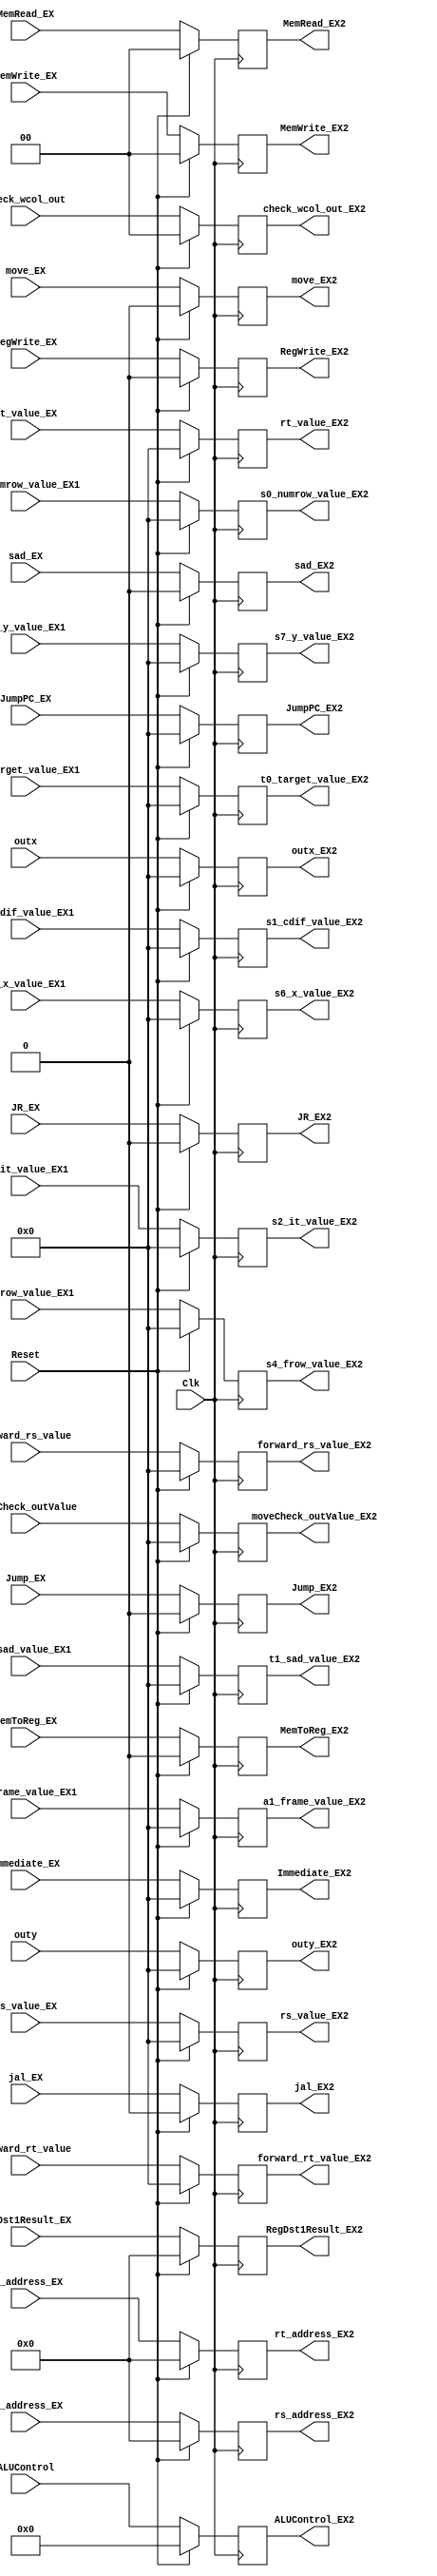
`timescale 1ns / 1ps

module EX1_EX2_Reg(/*PCPlusOffset_EX,*/ /* rt_Register_Value_EX,*/
    RegDst1Result_EX, /*Zero_EX,*/ MemWrite_EX, MemToReg_EX, MemRead_EX, /*Branch_EX,*/ RegWrite_EX, 
    jal_EX, Jump_EX, JR_EX, JumpPC_EX, rs_value_EX, rt_value_EX,/*PCPlusOffset_MEM,*/ /* rt_Register_Value_EX2,*/
    RegDst1Result_EX2, /*Zero_MEM,*/ MemWrite_EX2, MemToReg_EX2, MemRead_EX2, /*Branch_MEM,*/ RegWrite_EX2, 
    jal_EX2, Jump_EX2, JR_EX2, JumpPC_EX2, rs_value_EX2, rt_value_EX2, Clk, Reset,    
    //registers for custom instruction EX1
    s0_numrow_value_EX1,s1_cdif_value_EX1,s2_it_value_EX1, t1_sad_value_EX1, s4_frow_value_EX1, sad_EX,moveCheck_outValue,
	s6_x_value_EX1, s7_y_value_EX1,t0_target_value_EX1, outx, outy, check_wcol_out,a1_frame_value_EX1,move_EX,
    //registers for custom instruction EX2
    s0_numrow_value_EX2,s1_cdif_value_EX2,s2_it_value_EX2, t1_sad_value_EX2, s4_frow_value_EX2, sad_EX2,move_EX2,moveCheck_outValue_EX2,
	s6_x_value_EX2, s7_y_value_EX2,t0_target_value_EX2, outx_EX2, outy_EX2, check_wcol_out_EX2, a1_frame_value_EX2,
    //Registers for moving ALU
    ALUControl, Immediate_EX,forward_rs_value, forward_rt_value,rs_address_EX, rt_address_EX,
    ALUControl_EX2, Immediate_EX2,forward_rs_value_EX2, forward_rt_value_EX2,rs_address_EX2, rt_address_EX2
    ); 

input [31:0] /* rt_Register_Value_EX,*/ rs_value_EX, rt_value_EX, JumpPC_EX,Immediate_EX,forward_rs_value, forward_rt_value;
input [4:0] RegDst1Result_EX,rs_address_EX, rt_address_EX;
input [5:0] ALUControl;
input [1:0] MemWrite_EX, MemRead_EX;
input MemToReg_EX,  RegWrite_EX, jal_EX, Jump_EX, JR_EX,sad_EX,move_EX;
input Clk, Reset;

output reg [31:0] /* rt_Register_Value_EX2,*/ rs_value_EX2, rt_value_EX2, JumpPC_EX2,Immediate_EX2,forward_rs_value_EX2, forward_rt_value_EX2;
output reg [4:0] RegDst1Result_EX2,rs_address_EX2, rt_address_EX2;
output reg [1:0] MemWrite_EX2, MemRead_EX2;
output reg MemToReg_EX2, RegWrite_EX2, jal_EX2, Jump_EX2, JR_EX2,move_EX2,sad_EX2;

//custom instruction
input [31:0] s0_numrow_value_EX1, s1_cdif_value_EX1, s2_it_value_EX1, t1_sad_value_EX1, s4_frow_value_EX1,
            s6_x_value_EX1, s7_y_value_EX1, t0_target_value_EX1, outx, outy, a1_frame_value_EX1,moveCheck_outValue;
input [1:0] check_wcol_out;

output reg [31:0] s0_numrow_value_EX2, s1_cdif_value_EX2, s2_it_value_EX2, t1_sad_value_EX2, s4_frow_value_EX2,
             s6_x_value_EX2, s7_y_value_EX2, t0_target_value_EX2, outx_EX2, outy_EX2, a1_frame_value_EX2,moveCheck_outValue_EX2;
output reg [1:0] check_wcol_out_EX2;
output reg [5:0] ALUControl_EX2;

 initial begin
//    ALUResult_EX2 <= 0;
//  rt_Register_Value_EX <= 0;
    rs_value_EX2 <= 0;
    rt_value_EX2 <= 0;
    RegDst1Result_EX2 <= 0;
    MemWrite_EX2 <= 0;
    MemToReg_EX2 <= 0;
    MemRead_EX2 <= 0;
    RegWrite_EX2 <= 0;
    jal_EX2 <= 0;
    Jump_EX2 <= 0;
    JR_EX2 <= 0;
    JumpPC_EX2 <= 0;

    s0_numrow_value_EX2 <= 0;
    s1_cdif_value_EX2 <= 0;
    s2_it_value_EX2 <= 0;
    t1_sad_value_EX2 <= 0;
    s4_frow_value_EX2 <= 0;
    sad_EX2 <= 0;
    s6_x_value_EX2 <= 0;
    s7_y_value_EX2 <= 0;
    t0_target_value_EX2 <= 0;
    outx_EX2 <= 0;
    outy_EX2 <= 0;
    check_wcol_out_EX2 <= 0;
    a1_frame_value_EX2 <= 0;
    move_EX2 <= 0;
    moveCheck_outValue_EX2 <= 0;

    ALUControl_EX2 <= 0;
    Immediate_EX2 <= 0;
    forward_rs_value_EX2 <= 0;
    forward_rt_value_EX2 <= 0;
    rs_address_EX2 <= 0;
    rt_address_EX2 <= 0;
 end

always @(posedge Clk) begin
    
    if (Reset == 1)begin
//        ALUResult_EX2 <= 0;
//      rt_Register_Value_EX2 <= 0;
        rs_value_EX2 <= 0;
        rt_value_EX2 <= 0;
        RegDst1Result_EX2 <= 0;
        MemWrite_EX2 <= 0;
        MemToReg_EX2 <= 0;
        MemRead_EX2 <= 0;
        RegWrite_EX2 <= 0;
        jal_EX2 <= 0;
        Jump_EX2 <= 0;
        JR_EX2 <= 0;
        JumpPC_EX2 <= 0;

        s0_numrow_value_EX2 <= 0;
        s1_cdif_value_EX2 <= 0;
        s2_it_value_EX2 <= 0;
        t1_sad_value_EX2 <= 0;
        s4_frow_value_EX2 <= 0;
        sad_EX2 <= 0;
        s6_x_value_EX2 <= 0;
        s7_y_value_EX2 <= 0;
        t0_target_value_EX2 <= 0;
        outx_EX2 <= 0;
        outy_EX2 <= 0;
        check_wcol_out_EX2 <= 0;
        a1_frame_value_EX2 <= 0;
        move_EX2 <= 0;
        moveCheck_outValue_EX2 <= 0;

        ALUControl_EX2 <= 0;
        Immediate_EX2 <= 0;
        forward_rs_value_EX2 <= 0;
        forward_rt_value_EX2 <= 0;
        rs_address_EX2 <= 0;
        rt_address_EX2 <= 0;
    end
    else begin
//        ALUResult_EX2 <= ALUResult_EX;
//      rt_Register_Value_EX2 <= rt_Register_Value_EX1;
        rs_value_EX2 <= rs_value_EX;
        rt_value_EX2 <= rt_value_EX;
        RegDst1Result_EX2 <= RegDst1Result_EX;
        MemWrite_EX2 <= MemWrite_EX;
        MemToReg_EX2 <= MemToReg_EX;
        MemRead_EX2 <= MemRead_EX;
        RegWrite_EX2 <= RegWrite_EX;
        jal_EX2 <= jal_EX;
        Jump_EX2 <= Jump_EX;
        JR_EX2 <= JR_EX;
        JumpPC_EX2 <= JumpPC_EX;

        s0_numrow_value_EX2 <= s0_numrow_value_EX1;
        s1_cdif_value_EX2 <= s1_cdif_value_EX1;
        s2_it_value_EX2 <= s2_it_value_EX1;
        t1_sad_value_EX2 <= t1_sad_value_EX1;
        s4_frow_value_EX2 <= s4_frow_value_EX1;
        sad_EX2 <= sad_EX;
        s6_x_value_EX2 <= s6_x_value_EX1;
        s7_y_value_EX2 <= s7_y_value_EX1;
        t0_target_value_EX2 <= t0_target_value_EX1;
        outx_EX2 <= outx;
        outy_EX2 <= outy;
        check_wcol_out_EX2 <= check_wcol_out;
        a1_frame_value_EX2 <= a1_frame_value_EX1;
        move_EX2 <= move_EX;
        moveCheck_outValue_EX2 <= moveCheck_outValue;

        ALUControl_EX2 <= ALUControl;
        Immediate_EX2 <= Immediate_EX;
        forward_rs_value_EX2 <= forward_rs_value;
        forward_rt_value_EX2 <= forward_rt_value;
        rs_address_EX2 <= rs_address_EX;
        rt_address_EX2 <= rt_address_EX;
    end
    
end

endmodule